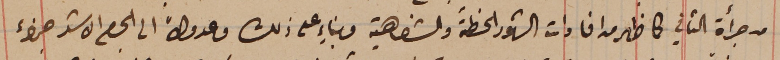
من جرأة الثاني كما ظهر من افادات الشهود الخطىّة والشفاهية وبناءٍ على ذلك وعدولاً الى الحكم الاشد جزاء